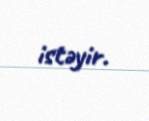
istəyir.